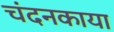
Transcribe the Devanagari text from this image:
चंदनकाया